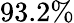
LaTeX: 93.2\%